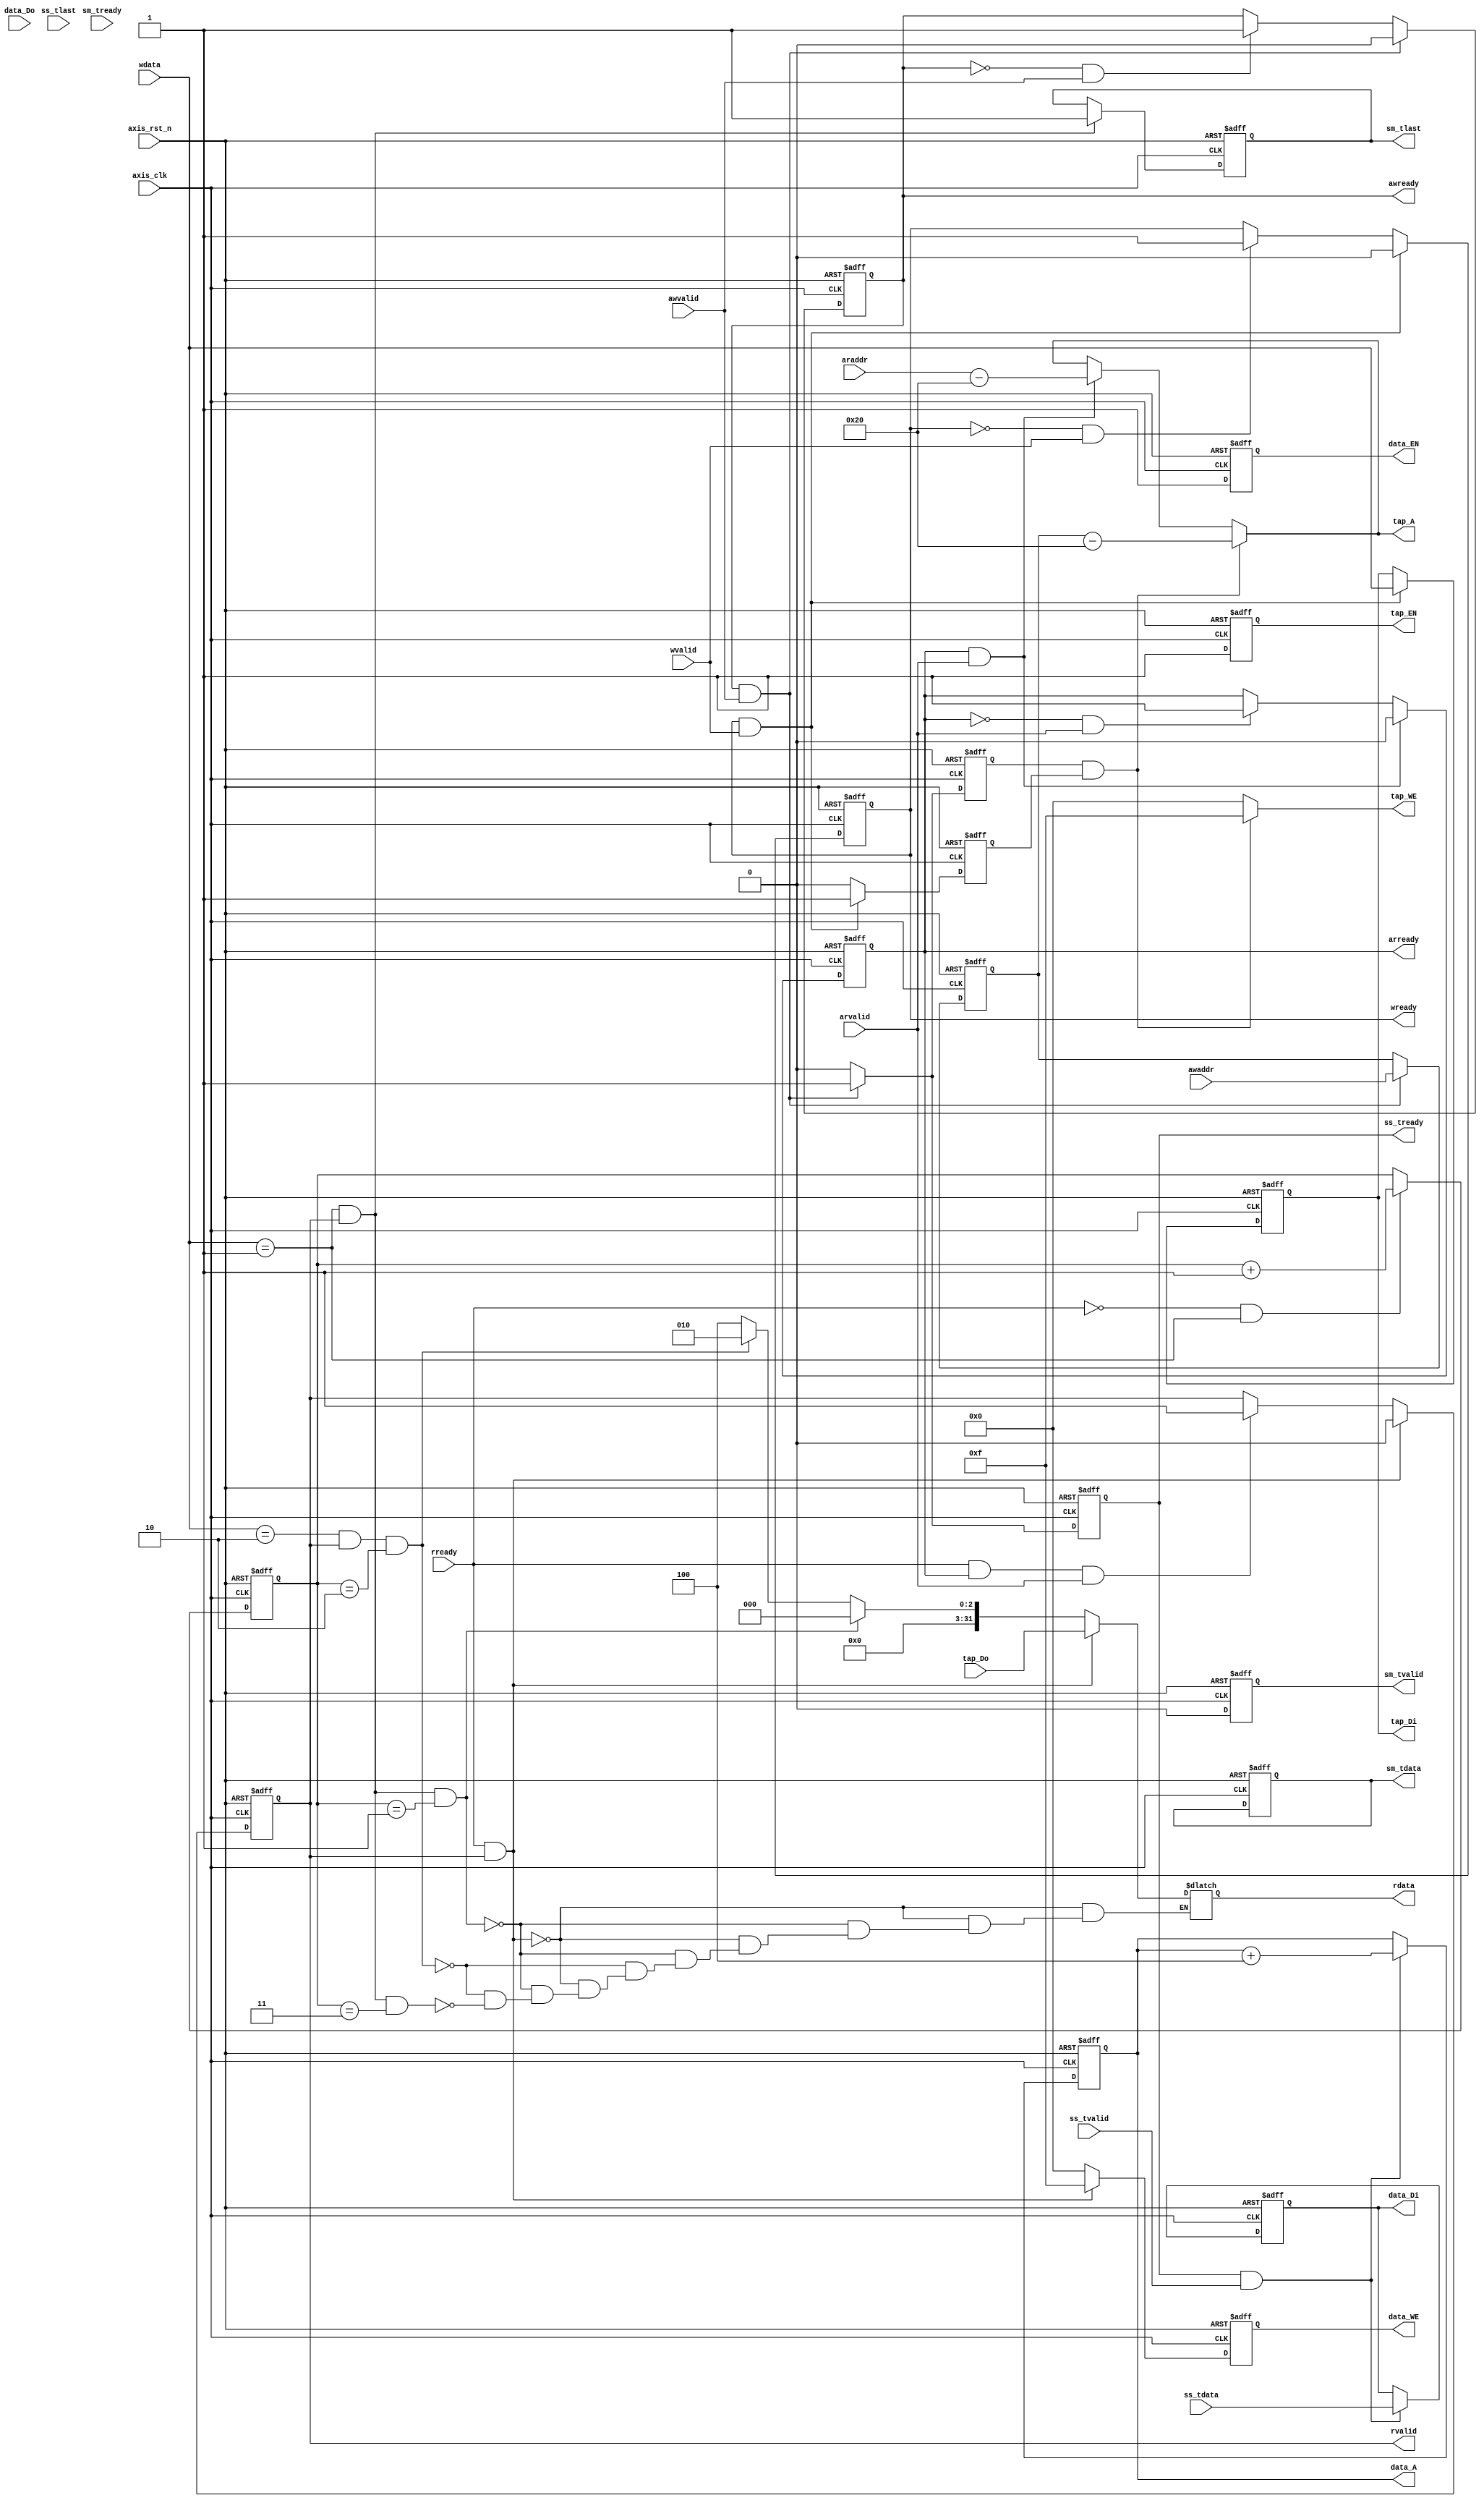
`timescale 1ns / 1ps
module fir 
#(  parameter pADDR_WIDTH = 12,
    parameter pDATA_WIDTH = 32,
    parameter Tape_Num    = 11
)
(
// AW Channel  	(AXI4-lite)
	input   wire                     awvalid,
	input   wire [(pADDR_WIDTH-1):0] awaddr,
	output  wire                     awready,
	
// W Channel	(AXI4-lite)
    input   wire                     wvalid,
    input   wire [(pDATA_WIDTH-1):0] wdata,
	output  wire                     wready,

// AR Channel  	(AXI4-lite)	
    input   wire                     arvalid,
    input   wire [(pADDR_WIDTH-1):0] araddr,
    output  wire                     arready,
	
// R Channel	(AXI4-lite)	
    output  wire                     rvalid,
    output  wire [(pDATA_WIDTH-1):0] rdata,
	input   wire                     rready,
	
// 	x[n] 	Slave   (AXI-Stream)
    input   wire                     ss_tvalid, 
    input   wire [(pDATA_WIDTH-1):0] ss_tdata, 
    output  wire                     ss_tready, 
	input   wire                     ss_tlast, 
	
//	y[n]	Master 	(AXI-Stream)
    output  wire                     sm_tvalid, 
    output  wire [(pDATA_WIDTH-1):0] sm_tdata, 
	input   wire                     sm_tready, 
    output  wire                     sm_tlast, 
    
    // bram for tap RAM
    output  wire [3:0]               tap_WE,
    output  wire                     tap_EN,
    output  wire [(pDATA_WIDTH-1):0] tap_Di,
    output  wire [(pADDR_WIDTH-1):0] tap_A,
    input   wire [(pDATA_WIDTH-1):0] tap_Do,

    // bram for data RAM
    output  wire [3:0]               data_WE,
    output  wire                     data_EN,
    output  wire [(pDATA_WIDTH-1):0] data_Di,
    output  wire [(pADDR_WIDTH-1):0] data_A,
    input   wire [(pDATA_WIDTH-1):0] data_Do,

// Clock & Reset
    input   wire                     axis_clk,
    input   wire                     axis_rst_n
);



// -----------------------------------------------------------------------------------
//            AXI4-lite Write Transaction
// -----------------------------------------------------------------------------------
// write to tap RAM


// -----------------------------------------------
//            AXI4-lite Write address handshake
// -----------------------------------------------
reg temp_awready;
assign awready = temp_awready;
always@(posedge axis_clk or negedge axis_rst_n)	begin
	if(!axis_rst_n)
		temp_awready <= 1'b0;
	else if(temp_awready && awvalid)
		temp_awready <= 1'b0;
	else if(!temp_awready && awvalid)                
		temp_awready <= 1'b1;
	else
		temp_awready <= temp_awready;
end


// -----------------------------------------------
//            AXI4-lite Write data handshake
// -----------------------------------------------
reg temp_wready;
assign	wready = temp_wready;
always@(posedge axis_clk or negedge axis_rst_n)	begin
	if(!axis_rst_n)
		temp_wready <= 1'b0;
	else if(temp_wready && wvalid)
		temp_wready <= 1'b0;
	else if(!temp_wready && wvalid)           
		temp_wready <= 1'b1;
	else
		temp_wready <= temp_wready;
end


// register hold temporary address for write
reg [(pADDR_WIDTH-1):0] awaddr_hold;
always@(posedge axis_clk or negedge	axis_rst_n) begin
	if(!axis_rst_n)
		awaddr_hold <= 12'h0;
	else if(awready && awvalid)
		awaddr_hold <= awaddr;
	else
		awaddr_hold <= awaddr_hold;
end

// register hold temporary data for write
reg [(pDATA_WIDTH-1):0] wdata_hold;
always@(posedge axis_clk or negedge	axis_rst_n) begin
	if(!axis_rst_n)
		wdata_hold <= 32'd0;
	else if(wready && wvalid)
		wdata_hold <= wdata;
	else
		wdata_hold <= wdata_hold;
end



//write_address handshake has occured

reg awaddr_done;
always@(posedge axis_clk or negedge axis_rst_n) begin
	if(!axis_rst_n)
		awaddr_done <= 1'b0;
	else if(awready && awvalid)
		awaddr_done <= 1'b1;
	else if(awaddr_done)
		awaddr_done <= 1'b0;
	else
		awaddr_done <= awaddr_done;
end


//write_data handshake has occured
reg wdata_done;
always@(posedge axis_clk or negedge axis_rst_n) begin
	if(!axis_rst_n)
		wdata_done <= 1'b0;
	else if(wready && wvalid)
		wdata_done <= 1'b1;
	else if(wdata_done)
		wdata_done <= 1'b0;
	else
		wdata_done <= wdata_done;
end


// write valid
wire data_valid;
assign data_valid =  awaddr_done && wdata_done;



//write_data out 
//reg [(pDATA_WIDTH-1):0] temp_tap_Di;
//always@(posedge axis_clk or negedge axis_rst_n)	begin
//	if(!axis_rst_n)
//		temp_tap_Di <= 32'h0;
//	else if (data_valid)
//		temp_tap_Di <= wdata_hold;	
//	else
//		temp_tap_Di <= temp_tap_Di;
//end



/////////////////////////////
//     tap_ram
////////////////////////////
assign tap_Di = wdata_hold;

// data_valid = 1, write 
assign tap_WE = (data_valid)? 4'b1111:4'b0000;
//reg temp_tap_WE;
//always@(posedge axis_clk or negedge axis_rst_n)	begin
//	if(!axis_rst_n)
//		temp_tap_WE<= 4'b0000;
//	else if(data_valid)
//		temp_tap_WE <= 4'b1111;
//	else
//		temp_tap_WE <= 4'b0000;
//end

// tap sram en
reg temp_tap_EN;
assign tap_EN = temp_tap_EN;
always@(posedge axis_clk or negedge axis_rst_n)	begin
	if(!axis_rst_n)
		temp_tap_EN <= 1'b0;
	else
		temp_tap_EN <= 1'b1;
end



// -----------------------------------------------------------------------------------
//            AXI4-lite Read Transaction
// -----------------------------------------------------------------------------------
// Read to tap RAM


// -----------------------------------------------
//            AXI4-lite Read address handshake
// -----------------------------------------------
reg temp_arready;
assign arready = temp_arready;
always@(posedge axis_clk or negedge axis_rst_n)	begin
	if(!axis_rst_n)
		temp_arready <= 1'b0;
	else if(temp_arready && arvalid)
		temp_arready <= 1'b0;
	else if(!temp_arready && arvalid)
		temp_arready <= 1'b1;	
	else
		temp_arready <= temp_arready;
end


// -----------------------------------------------
//            AXI4-lite Read data handshake
// -----------------------------------------------
reg temp_rvalid;
reg [3:0] mul_counter;
assign	rvalid = temp_rvalid;
always@(posedge axis_clk or negedge axis_rst_n)	begin
	if(!axis_rst_n)
		temp_rvalid <= 1'b0;
	else if(rready && temp_rvalid)
		temp_rvalid <= 1'b0;
	else if(rready && arready && arvalid)
		temp_rvalid <= 1'b1;
	else
		temp_rvalid <= temp_rvalid;
end



/*
// register hold temporary address  for read 
reg [(pADDR_WIDTH-1):0] araddr_hold;
//assign araddr_hold = (arready && arvalid)? araddr:araddr_hold;
always@(posedge axis_clk or negedge	axis_rst_n) begin
	if(!axis_rst_n)
		araddr_hold <= 12'h0;
	else if(arready && arvalid)
		araddr_hold <= araddr;
	else
		araddr_hold <= araddr_hold;
end
*/


// register hold temporary data for read
reg [(pDATA_WIDTH-1):0] temp_tap_Do;
//assign temp_tap_Do = tap_Do;
assign rdata = temp_tap_Do;
//assign rdata = rdata_hold;
reg [3:0] rready_counter; 
always@(*) begin
	if(rready && temp_rvalid)
		temp_tap_Do = tap_Do;
	else if((wdata == 32'h01) && rvalid && (rready_counter == 4'b0001))
		temp_tap_Do = 32'h00;
	else if((wdata == 32'h02) && rvalid && (rready_counter == 4'b0010))
		temp_tap_Do = 32'h02;
	else if((wdata == 32'h01) && rvalid && (rready_counter == 4'b0011))
		temp_tap_Do = 32'h04; 
	else
		temp_tap_Do = temp_tap_Do;
end


/*
//delay element
reg [(pDATA_WIDTH-1):0] fir_tap_Do;
always@(posedge axis_clk or negedge axis_rst_n)	begin
	if(!axis_rst_n)
		fir_tap_Do <= 32'h0;
	else
		fir_tap_Do <= tap_Do;
end
*/

// register hold temporary data for read
//reg [(pDATA_WIDTH-1):0] rdata_hold;
/*
always@(posedge axis_clk or negedge	axis_rst_n) begin
	if(!axis_rst_n)
		rdata_hold <= 32'd0;
	else if(rready && rvalid)
		rdata_hold <= tap_Do;
	else
		rdata_hold <= rdata_hold;
end
*/


//read_address handshake has occured
/*
reg araddr_done;

always@(posedge axis_clk or negedge axis_rst_n) begin
	if(!axis_rst_n)
		araddr_done <= 1'b0;
	else if(arready && arvalid)
		araddr_done <= 1'b1;
	else if(araddr_done)
		araddr_done <= 1'b0;
	else
		araddr_done <= araddr_done;
end
*/
/*
//read_data handshake has occured
reg rdata_done;
always@(posedge axis_clk or negedge axis_rst_n) begin
	if(!axis_rst_n)
		rdata_done <= 1'b0;
	else if(rready && rvalid)
		rdata_done <= 1'b1;
	else if(rdata_done)
		rdata_done <= 1'b0;
	else
		rdata_done <= rdata_done;
end
*/
//read valid
//wire r_data_valid;
//assign r_data_valid = araddr_done || rdata_done;


//write_address out  
// byte address -> word address
assign tap_A = data_valid? (awaddr_hold - 12'h20):(arvalid && arready)?(araddr - 12'h20):tap_A;

//Read_address out
//assign tap_A = araddr_hold;

//Read_data in 
//assign rdata = rdata_hold;


// read valid
//wire data_valid;
//assign data_valid =  awaddr_done && wdata_done;

// read_valid = 1, write 
//assign tap_WE = data_valid? 4'b1111:4'b0000;



// ----------------------------------------------------------------------------------------------------------------
//            AXI4-Stream  Transaction
// ----------------------------------------------------------------------------------------------------------------
/////
//data RAM en
////
reg temp_data_EN;
assign data_EN = temp_data_EN;
always@(posedge axis_clk or negedge axis_rst_n) begin
	if(!axis_rst_n)
		temp_data_EN <= 1'b0;
	else
		temp_data_EN <= 1'b1;
end 

//reg [3:0] mul_counter;
//data RAM we
//reg [3:0] temp_data_WE;

reg [3:0] temp_data_WE;
assign data_WE = temp_data_WE;
always@(posedge axis_clk or negedge axis_rst_n) begin
	if(!axis_rst_n)
		temp_data_WE <= 4'b0000;
	//else if(mul_counter == 4'b1011)
	//	temp_data_WE <= 4'b1111; // write data to - data_ram 
	else if(rready && temp_rvalid)
		temp_data_WE <= 4'b1111;  // write data to data_ram
	else
		temp_data_WE <= 4'b0000;
end 
/*
// delay element  for data_WE
reg [3:0] delay_WE;
assign data_WE = delay_WE;
always@(posedge axis_clk or negedge axis_rst_n) begin
	if(!axis_rst_n)
		delay_WE <= 4'b0000;
	else
		delay_WE <= temp_data_WE;
end
// delay element  for data_valid
reg delay_datavalid;
always@(posedge axis_clk or negedge axis_rst_n) begin
	if(!axis_rst_n)
		delay_datavalid <= 1'b0;
	else
		delay_datavalid <= data_valid;
end
*/
/// Read address
//assign data_A = delay_datavalid? (awaddr_hold - 12'h00):(arvalid && arready)?(araddr - 12'h00):data_A;


//Read data address








// -----------------------------------------------
//            AXI4-Stream in data handshake
// -----------------------------------------------


//  ss_tready
reg temp_ss_tready;
assign	ss_tready = temp_ss_tready;
always@(posedge axis_clk or negedge axis_rst_n)	begin
	if(!axis_rst_n)
		temp_ss_tready <= 1'b0;
	//else if(mul_counter == 4'b1011)     // count  11 
	//	temp_ss_tready <= 1'b1;  		// ss_tvalid always 1
	else if(awready && awvalid)
		temp_ss_tready <= 1'b1; 
	else
		temp_ss_tready <= 1'b0;
end




/// data - in 
reg [(pDATA_WIDTH-1):0] temp_data_Di;
assign data_Di = temp_data_Di;
always@(posedge axis_clk or negedge	axis_rst_n) begin
	if(!axis_rst_n)
		temp_data_Di <= 32'h0;
	//else if(mul_counter == 4'b1011)
		//temp_data_Di <= ss_tdata;
	else if(ss_tready && ss_tvalid)
		temp_data_Di <= ss_tdata;
	else
		temp_data_Di <= temp_data_Di;
end



/*
reg temp_ss_tready;
assign	ss_tready = temp_ss_tready;
always@(posedge axis_clk or negedge axis_rst_n)	begin
	if(!axis_rst_n)
		temp_ss_tready <= 1'b0;
	else if(temp_ss_tready && ss_tvalid)
		temp_ss_tready <= 1'b0;
	else if(!temp_ss_tready && ss_tvalid)              
		temp_ss_tready <= 1'b1;
	else
		temp_ss_tready <= temp_ss_tready;
end
*/
/*
// register hold temporary data for stream in
reg [(pDATA_WIDTH-1):0] ss_tdata_hold;
always@(posedge axis_clk or negedge	axis_rst_n) begin
	if(!axis_rst_n)
		ss_tdata_hold <= 32'h0;
	else if(ss_tvalid && ss_tready)
		ss_tdata_hold <= ss_tdata;
	else
		ss_tdata_hold <= ss_tdata_hold;
end

assign data_Di = ss_tdata_hold;
*/


//////////////////////////////////////////////
//////////////////////////////////////////////
// data address
reg [(pADDR_WIDTH-1):0] temp_r_data_A;
reg start_fir;
reg [(pADDR_WIDTH-1):0] temp_wr_data_A;
reg [(pADDR_WIDTH-1):0] temp_data_A;
//assign data_A  = (ss_tready)? temp_wr_data_A : (start_fir) ? temp_r_data_A :temp_data_A;

//assign data_A = temp_data_A;
/*
always@(posedge axis_clk or negedge axis_rst_n)	begin
	if(!axis_rst_n)
		temp_data_A <= 12'h0;
	else if(temp_awready && awvalid)  				 // word address 
		temp_data_A <= temp_data_A + 12'h4;
	else if(temp_arready && arvalid)   					// word address 
		temp_data_A <= temp_data_A + 12'h4;
	else if(temp_data_A == 12'h28)
		temp_data_A <= 12'h0;		 				// ap_start
	else if(ss_tready && ss_tvalid)
		temp_data_A <= temp_data_A + 12'h4;	
	else
		temp_data_A <= temp_data_A;
end
*/
//////////////////////////

/*
// counter for data address stream in
reg [2:0] wr_counter;
always@(posedge axis_clk or negedge axis_rst_n)	begin
	if(!axis_rst_n)
		wr_counter <= 3'b000;  // 0
	else if(wr_counter == 3'b010)  				 // word address 
		wr_counter <= 3'b000;
	else 
		wr_counter <= wr_counter + 3'b001;
end
*/
////////////// data address
reg [3:0] data_counter;
assign data_A = temp_data_A;

always@(posedge axis_clk or negedge axis_rst_n)	begin
	if(!axis_rst_n)
		temp_data_A <= 12'h00;
	else if(ss_tvalid && ss_tready)  				 // word address 
		temp_data_A <= temp_data_A + 12'h4;
	//else if(start_fir)  				 // word address 
	//	temp_data_A <= 12'h00;
	else
		temp_data_A <= temp_data_A;
end


/*
// counter for data_Do
reg [(pDATA_WIDTH-1):0] data_out;
always@(posedge axis_clk or negedge axis_rst_n)	begin
	if(!axis_rst_n)
		data_out <= 32'h0;
	else if(wr_counter == 3'b000)  				 // word address 
		data_out <= data_Do;
	else
		data_out <= data_out;
end
*/
// counter for data address recursive
//reg [3:0] data_counter;
always@(posedge axis_clk or negedge axis_rst_n) begin
    if(!axis_rst_n)             
		data_counter <= 4'b0000;
    else if(data_WE)  
		data_counter <= data_counter + 4'b0001;
	else if(data_counter == 4'b1100)
		data_counter <= 4'b0000;
    else         
		data_counter <= data_counter;
end











//reg [(pADDR_WIDTH-1):0] temp_r_data_A;
always@(posedge axis_clk or negedge axis_rst_n) begin
    if (!axis_rst_n)                       
		temp_r_data_A <=  12'h0;
    else if (ss_tready)                    
		temp_r_data_A <= temp_wr_data_A;
    else if (start_fir && (temp_r_data_A != 12'h0))     
		temp_r_data_A <= temp_r_data_A - 4;
    else if (start_fir && (temp_r_data_A == 12'h0))    
		temp_r_data_A <= 12'h28;
	else
		temp_r_data_A <= temp_r_data_A;
end



/*
// counter for data in
reg [3:0] ss_tdata_counter;
always@(posedge axis_clk or negedge	axis_rst_n) begin
	if(!axis_rst_n)
		ss_tdata_counter <= 16'b0;
	else if(ss_tdata_counter == 16'b1010)  // 11 number
		ss_tdata_counter <= 16'b0;
	else if(ss_tvalid && ss_tready)
		ss_tdata_counter <= ss_tdata_counter + 16'b1;
	else
		ss_tdata_counter <= ss_tdata_counter;
end

///////////////////////////////////////
*/

// counter for computation  (multiplier)
always@(posedge axis_clk or negedge	axis_rst_n) begin
	if(!axis_rst_n)
		mul_counter <= 4'b0000;
	else if(mul_counter == 4'b1011)  // 11 number
		mul_counter <= 4'b0000;
	else if(rready && rvalid)
		mul_counter <= mul_counter + 4'b0001;
	else 
		mul_counter <= mul_counter;
end


/*

//Stream in data address
//reg [(pADDR_WIDTH-1):0] temp_wr_data_A;
always@(posedge axis_clk or negedge	axis_rst_n) begin
	if(!axis_rst_n)
		temp_wr_data_A <= 12'h00;
	else if(ss_tready && temp_wr_data_A == 12'h28)  // 11 number
		temp_wr_data_A <= 12'h00;
	else if(ss_tready)
		temp_wr_data_A <= temp_wr_data_A + 12'h04;
	else 
		temp_wr_data_A <= temp_wr_data_A;
end
*/
///////////////////////////////////

/////////// start FIR
//reg start_fir;
always@(posedge axis_clk or negedge axis_rst_n) begin
    if(!axis_rst_n)             
		start_fir <= 1'b0;
    else if(mul_counter == 4'b1011)   //compute to 11 
		start_fir <= 1'b0;
    else if(ss_tready)         
		start_fir <= 1'b1;
end

//FIR tap_ADDR
reg [(pADDR_WIDTH-1):0] tap_addr_fir;
always@(posedge axis_clk or negedge axis_rst_n) begin
    if(!axis_rst_n)             
		tap_addr_fir <= 12'h00;
    else if(ss_tready) 
		tap_addr_fir <= 12'h00;
    else if(start_fir)         
		tap_addr_fir <= tap_addr_fir + 12'h04;
end


// fir  data * tap 
reg [(pDATA_WIDTH-1):0] mul_data_tap;
always@(*) begin
	if(start_fir && (mul_counter == 4'b0000))
		mul_data_tap = 32'h0;
	else if(start_fir && (4'b0000 < mul_counter < 4'b1100))  // 11
		mul_data_tap = data_Do*tap_Do;
	else
		mul_data_tap = mul_data_tap;
end




// fir  result data
reg [(pDATA_WIDTH-1):0] fir_data;
always@(posedge axis_clk or negedge axis_rst_n) begin
    if(!axis_rst_n)             
		fir_data <= 32'h00;
    else if(rready && rvalid) 
		fir_data <= fir_data + mul_data_tap;
	else if(ss_tready) 
		fir_data <= 32'h00;
	else if(start_fir && (4'b0001 <= mul_counter <= 4'b1011))
		fir_data <= fir_data + mul_data_tap;
	else 
		fir_data <= fir_data;
end



// sm_tdata
reg [(pDATA_WIDTH-1):0] temp_sm_tdata;
assign sm_tdata = temp_sm_tdata;
always@(posedge axis_clk or negedge axis_rst_n) begin
    if(!axis_rst_n)             
		temp_sm_tdata <= 32'h00;
   // else if((mul_counter == 4'b1011) && start_fir)   // 
	//	temp_sm_tdata <= fir_data;
	else
		temp_sm_tdata <= temp_sm_tdata;
end



// sm_tvalid
reg temp_sm_tvalid;
assign sm_tvalid = temp_sm_tvalid;
always@(posedge axis_clk or negedge axis_rst_n) begin
    if(!axis_rst_n)             
		temp_sm_tvalid <= 1'b0;
    //else if((mul_counter == 4'b1011) && start_fir)  // 11    sm_tready always 1
		//temp_sm_tvalid <= 1'b1;
    else
		temp_sm_tvalid <= 1'b0;
end




// sm_tlast
reg temp_sm_tlast;
assign sm_tlast = temp_sm_tlast;
always@(posedge axis_clk or negedge axis_rst_n) begin
    if(!axis_rst_n)             
		temp_sm_tlast <= 1'b0;
    else if(rvalid && (wdata == 32'h01))   //
		temp_sm_tlast <= 1'b1;
    else         
		temp_sm_tlast <= temp_sm_tlast;
end


// control 

always@(posedge axis_clk or negedge axis_rst_n) begin
    if(!axis_rst_n)             
		rready_counter <= 4'b0000;
    else if(!rready && (wdata == 32'h01))   //
		rready_counter <= rready_counter + 4'b0001;
    else         
		rready_counter <= rready_counter;
end





// -----------------------------------------------
//            FIR 
// -----------------------------------------------

//assign 
/*
/// multiplier 
reg [((pDATA_WIDTH*2)-1):0] mul_data_tap;
always@(posedge axis_clk or negedge	axis_rst_n) begin
	if(!axis_rst_n)
		mul_data_tap <= 64'h0;
	else if(fir_en)
		mul_data_tap <= data_Do * tap_Do;
	else
		mul_data_tap <= mul_data_tap;
end
*/
/*
///adder 
reg [(pDATA_WIDTH*2):0] add_data_tap;
always@(posedge axis_clk or negedge	axis_rst_n) begin
	if(!axis_rst_n)
		add_data_tap <= 65'h0;
	else if()
		add_data_tap <= mul_data_tap;
	else
		add_data_tap <= add_data_tap;
end

*/

// -----------------------------------------------
//            AXI4-Stream out data handshake
// -----------------------------------------------





//assign tap_Di = wdata;

//Tap RAM EN 
//  write address to the correct location in Tap RAM 
//assign tap_EN = awaddr[7] || araddr[7];
//assign tap_EN = 1'b1;
//Tap RAM WE
// only write if address and data are valid
//assign tap_WE = wvalid?4'b1111:4'b0000;



//AXI4-lite 
// address ready and data ready
//assign awready = 1'b1;
//assign wready = 1'b1;




// ----------------------------------------
//            AXI4-lite Read Transaction
// ---------------------------------------- 
// 



// Mux control tap RAM address

//reg [(pADDR_WIDTH-1):0] tap_addr;	
// Tap RAM A connect to write/read address
//assign tap_A = tap_addr;

//always@(*)
//	begin
//		if(awvalid || wvalid)
//			tap_addr = awaddr;
//		else
//			tap_addr = araddr;
//	end

// Mux control tap RAM Dout
/*
reg [(pDATA_WIDTH-1):0] Tap_out;
wire [(pDATA_WIDTH-1):0] FF;
always@(*)
	begin
		case(araddr[7])
			1'b0: Tap_out = FF;
			1'b1: Tap_out = tap_Do;
		endcase
	end
*/	
/*	
// arready
reg temp_rready;
always@(posedge axis_clk)
	begin
		temp_rready <= rready;
	end
assign arready = temp_rready;

reg [(pDATA_WIDTH-1):0] r_tap_data;
reg r_valid;
*/
/*always@(posedge axis_clk or negedge axis_rst_n)
	begin
		if(!axis_rst_n)
			begin
				r_tap_data <= 32'hx;
				r_valid <= 1'hx;
			end
		else
			begin
				r_tap_data <= tap_Do;
				r_valid <= 1'h1;
			end
	end
assign rdata = r_tap_data;
assign rvalid = r_valid;

*/
/*
reg temp_rvalid;
always@(posedge axis_clk or negedge axis_rst_n)
	begin
		if(!axis_rst_n)
			begin
				temp_rvalid <= 1'b0;
			end
		else
			if(rready)
				begin
					temp_rvalid <= 1'b1;

				end
			else
				begin
					temp_rvalid <= 1'b0;
				end
	end
*/
//assign rvalid = temp_rvalid;
//assign rdata = tap_Do;

// ----------------------------------------
//            FIR
// ---------------------------------------- 	

	

endmodule